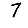
Digit: 7